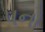
૫નો